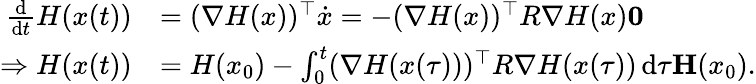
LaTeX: \begin{array}{rl}{\frac{\mathrm{d}}{\mathrm{d}t}H(x(t))}&{=(\nabla H(x))^{\top}\dot{x}=-(\nabla H(x))^{\top}R\nabla H(x)\le 0}\\ {\Rightarrow H(x(t))}&{=H(x_{0})-\int_{0}^{t}(\nabla H(x(\tau)))^{\top}R\nabla H(x(\tau))\, \mathrm{d}\tau\le H(x_{0}).}\end{array}